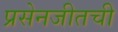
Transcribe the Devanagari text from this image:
प्रसेनजीतची